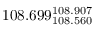
1 0 8 . 6 9 9 _ { 1 0 8 . 5 6 0 } ^ { 1 0 8 . 9 0 7 }